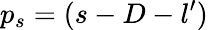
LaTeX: p_{s}=(s-D-l^{\prime})